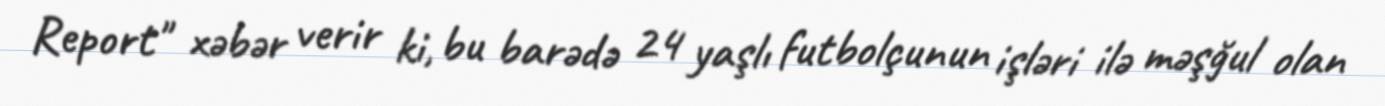
Report" xəbər verir ki, bu barədə 24 yaşlı futbolçunun işləri ilə məşğul olan